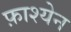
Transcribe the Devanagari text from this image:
फ़ाश्येन